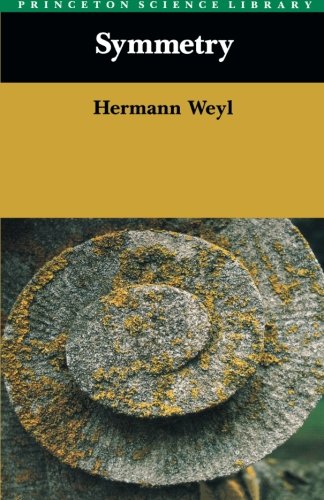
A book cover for Symmetry; Hermann Weyl; Science & Math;